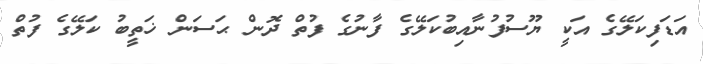
އަޑަފިކަލޭގެ އަކީ ޔޫސުފުނާއިބުކަލޭގެ ފާނުގެ ފުތް ދޮން ޙަސަން ޚަތީބު ކަލޭގެ ފުތް